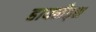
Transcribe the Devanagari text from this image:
हायलँड्स